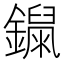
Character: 𨭾